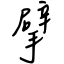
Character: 擘